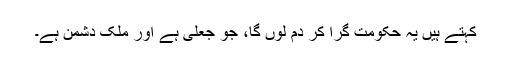
کہتے ہیں یہ حکومت گرا کر دم لوں گا، جو جعلی ہے اور ملک دشمن ہے۔